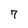
Character: 7